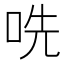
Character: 𫩱